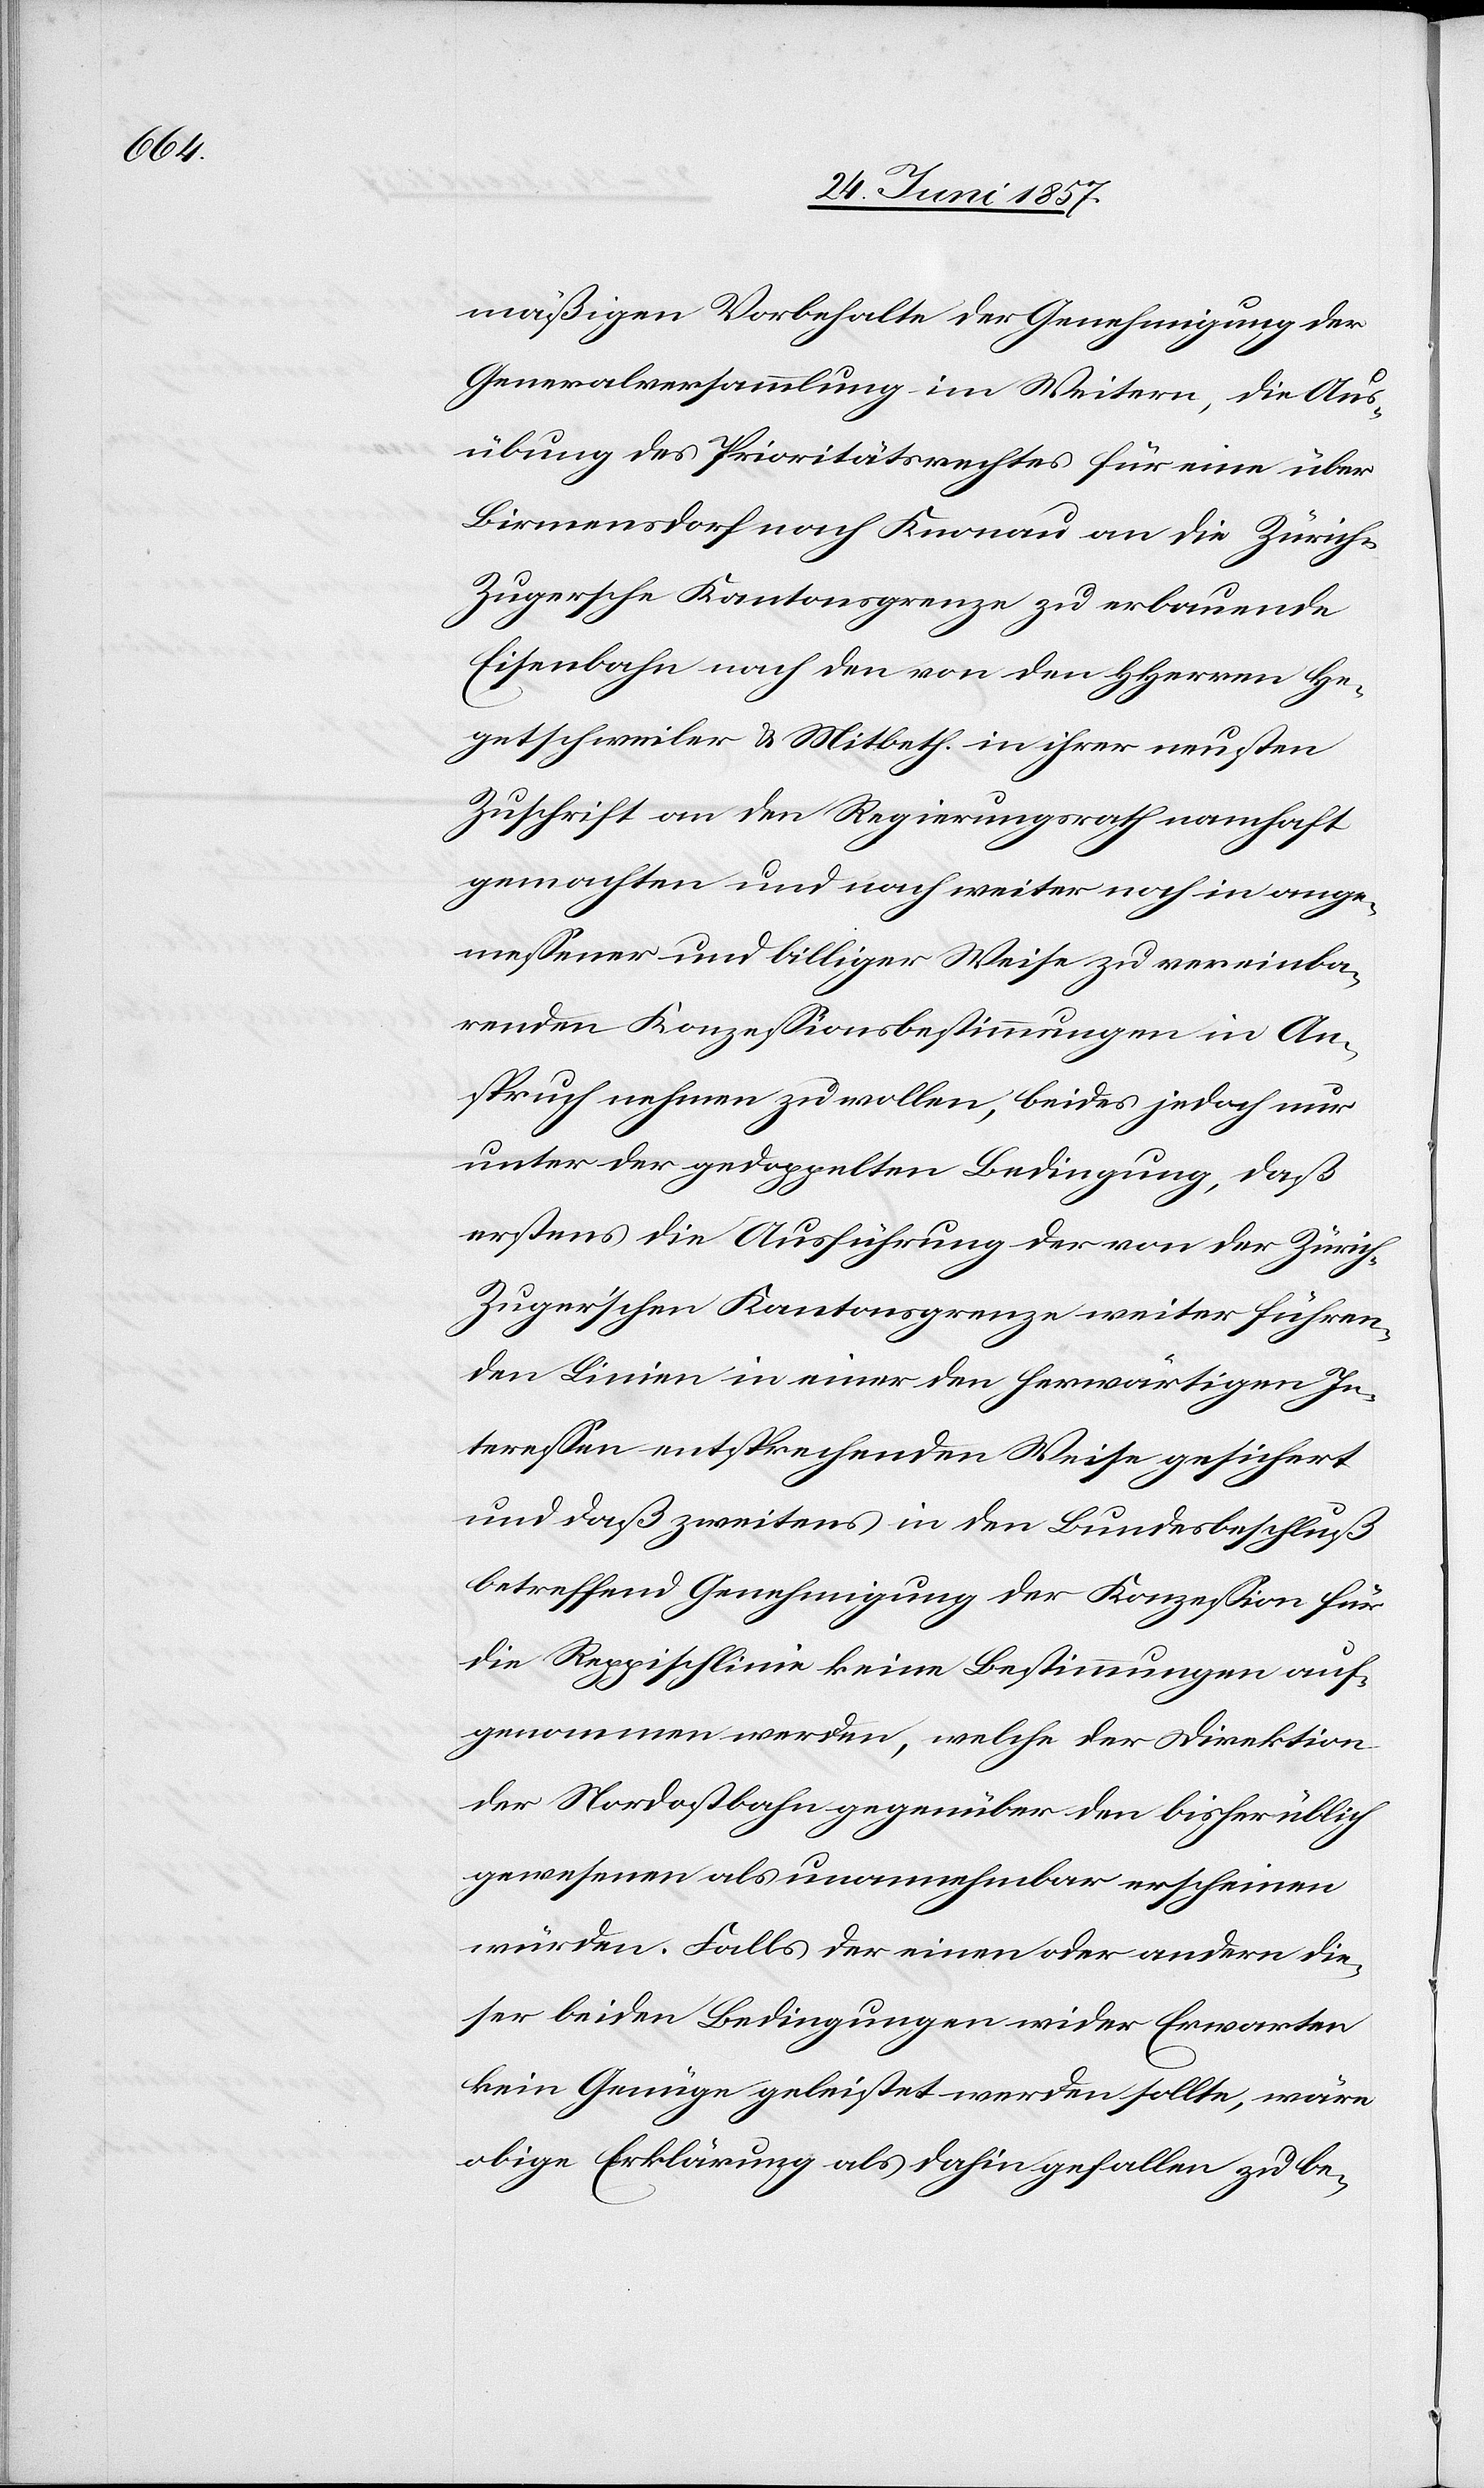
mäßigen Vorbehalte der Genehmigung der
Generalversammlung im Weitern, die Aus¬
übung des Prioritätsrechtes für eine über
Birmensdorf nach Knonau an die Züric¬
h-Zugersche Kantonsgrenze zu erbauende
Eisenbahn nach den von den HHerren He¬
getschweiler & Mitbeth. in ihrer neusten
Zuschrift an den Regierungsrath namhaft
gemachten und nach weiter noch in ange¬
messener und billiger Weise zu vereinba¬
renden Konzessionsbestimmungen in An¬
spruch nehmen zu wollen, beides jedoch nur
unter der gedoppelten Bedingung, daß
erstens die Ausführung der von der Züric¬
h-Zuger’schen Kantonsgrenze weiter führen¬
den Linien in einer den herwärtigen In¬
teressen entsprechenden Weise gesichert
und daß zweitens in den Bundesbeschluß
betreffend Genehmigung der Konzession für
die Reppischlinie keine Bestimmungen auf¬
genommen werden, welche der Direktion
der Nordostbahn gegenüber den bisher üblich
gewesenen als unannehmbar erscheinen
würden. Falls der einen oder andern die¬
ser beiden Bedingungen wider Erwarten
kein Genüge geleistet werden sollte, wäre
obige Erklärung als dahin gefallen zu be-